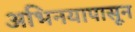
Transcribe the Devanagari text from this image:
अभिनयापासून